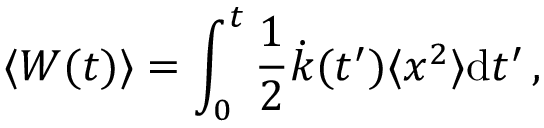
\langle W ( t ) \rangle = \int _ { 0 } ^ { t } \frac { 1 } { 2 } \dot { k } ( t ^ { \prime } ) \langle x ^ { 2 } \rangle \mathrm d t ^ { \prime } \, ,